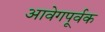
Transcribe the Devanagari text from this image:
आवेगपूर्वक